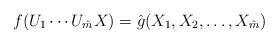
LaTeX: \begin{align*}f(U_1\cdots U_{\hat m} X)=\hat g(X_1,X_2,\ldots,X_{\hat m})\,\end{align*}